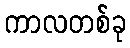
ကာလတစ်ခု